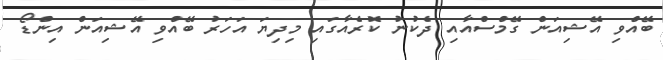
ބޭއްވި އޭޝިއަން ގޭމްސްއާއި ދެކުނު ކޮރެއާގައި މިދިޔަ އަހަރު ބޭއްވި އޭޝިއަން އިންޑޯ